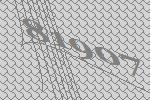
81907